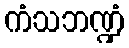
ကံသဘဏ္ဍံ